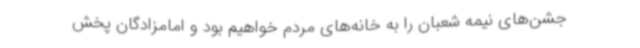
جشن‌های نیمه شعبان را به خانه‌های مردم خواهیم بود و امامزادگان پخش